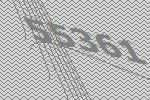
55361